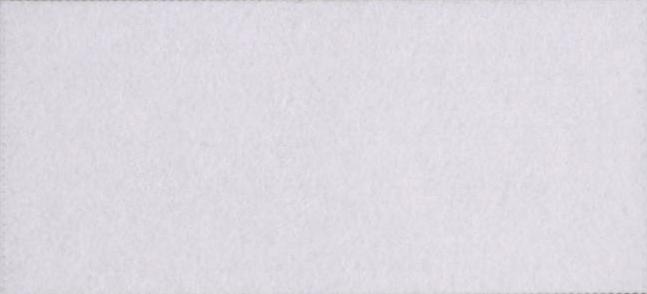
पड़ी।